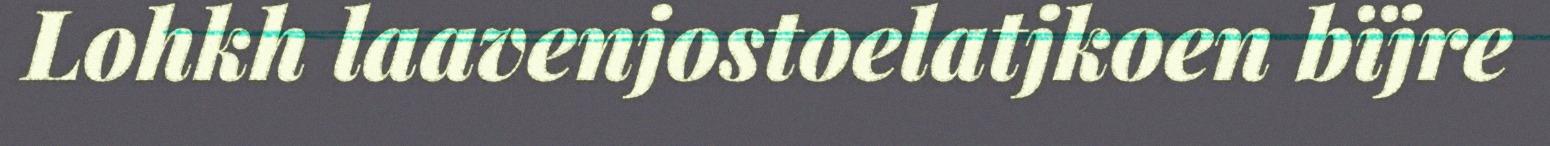
Lohkh laavenjostoelatjkoen bïjre